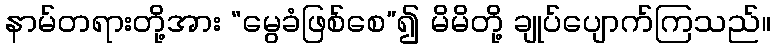
နာမ်တရားတို့အား “မွေခံဖြစ်စေ”၍ မိမိတို့ ချုပ်ပျောက်ကြသည်။